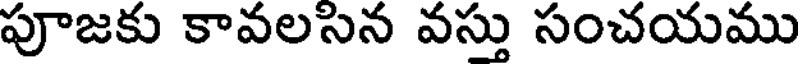
పూజకు కావలసన వస్తు సంచయము